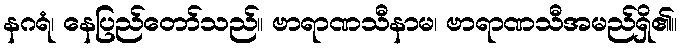
နဂရံ၊ နေပြည်တော်သည်။ ဗာရာဏသီနာမ၊ ဗာရာဏသီအမည်ရှိ၏။